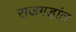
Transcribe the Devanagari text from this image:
राजगडांत